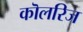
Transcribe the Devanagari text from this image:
कॊलरिज